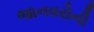
જાનવરોની